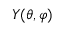
Y ( \theta , \varphi )